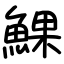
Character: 𩸄